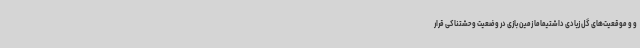
و و موقعیت‌های گل زیادی داشتیماما زمین بازی در وضعیت وحشتناکی قرار